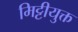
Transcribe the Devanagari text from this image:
मिट्टीयुक्त